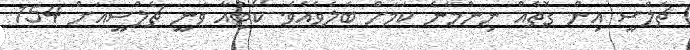
ޗެލްސީ އިން ގޮތެއް ނިންމާނެ ކަމަށް ބެލެވެއެވެ. ކޯޓުއާ ވަނީ ޗެލްސީއަށް 154